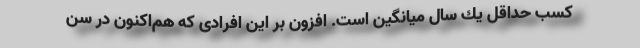
كسب حداقل يك سال ميانگين است. افزون بر این افرادی که هم‌اکنون در سن